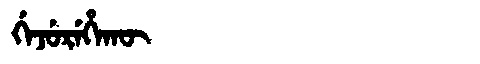
Manchu: ᡤᡝᠵᡠᡵᡝᡥᠠᡴᡡ
Romanization: GEJUREHAKŪ